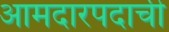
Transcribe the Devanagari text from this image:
आमदारपदाची